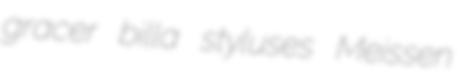
gracer billa styluses Meissen